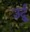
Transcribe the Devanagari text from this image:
उर्दुू